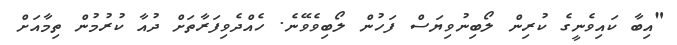
"އިބާ ކައިވެނީގެ ކުރިން ލޯބިނުވިޔަސް ފަހުން ލޯބިވެވޭނެ. ހެއްދެވިފަރާތަށް ދުއާ ކުރުމުން ތިމާއަށް